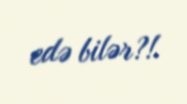
edə bilər?!.